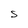
Character: S